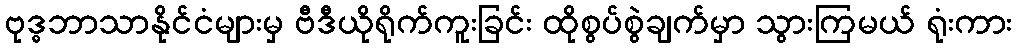
ဗုဒ္ဓဘာသာနိုင်ငံများမှ ဗီဒီယိုရိုက်ကူးခြင်း ထိုစွပ်စွဲချက်မှာ သွားကြမယ် ရုံးကား